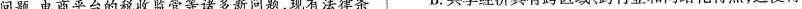
问题，电商平台的税收监管等诸多新问题，现有法律条 B.共享经济具有跨区域跨行业和网络化特点，这使得